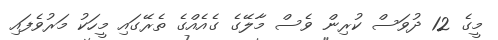
މީގެ 12 ދުވަސް ކުރިން ވެސް މާލޭގެ ގެއެއްގެ ތެރޭގައި މީހަކު މަރުވެފައި